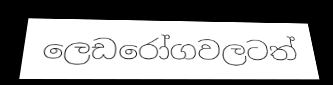
ලෙඩරෝගවලටත්